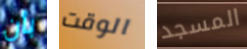
بأن الوقت المسجد